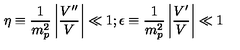
\eta \equiv \frac { 1 } { m _ { p } ^ { 2 } } \left| \frac { V ^ { \prime \prime } } { V } \right| \ll 1 ; \epsilon \equiv \frac { 1 } { m _ { p } ^ { 2 } } \left| \frac { V ^ { \prime } } { V } \right| \ll 1